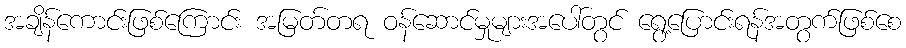
အချိန်ကောင်းဖြစ်ကြောင်း အမြတ်တရ ဝန်ဆောင်မှုများအပေါ်တွင် ရွေ့ပြောင်းရန်အတွက်ဖြစ်စေ